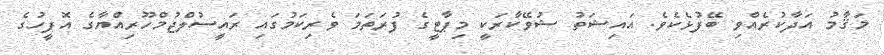
މަޤާމު އަދާކުރެއްވި ބޭފުޅެކެވެ. އައިޝަތު ޝުވޭކާރަކީ މިޕާޓީގެ ފުރަތަމަ ވެރިކަމުގައި ރައީސުލްޖުމްހޫރިއްޔާގެ އޮފީހުގެ